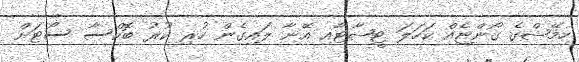
ހިމޭޝްގެ ގޯންޏެއް ކަހަލަ ޓީޝާޓާއި އޭނާ ލައިގެން ހުރި ކުރު ބޮކްސާ ސޯޓަށް